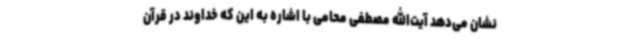
نشان می‌دهد آیت‌الله مصطفی محامی با اشاره به این که خداوند در قرآن